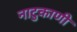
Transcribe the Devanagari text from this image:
नाटुकाणी